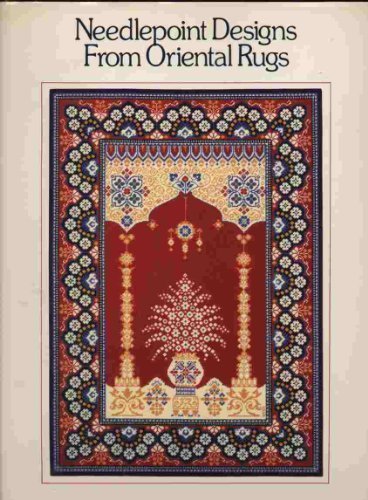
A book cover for Needlepoint Designs From Oriental Rugs; Grethe Sorensen; Crafts, Hobbies & Home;